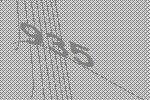
935